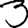
Digit: 3